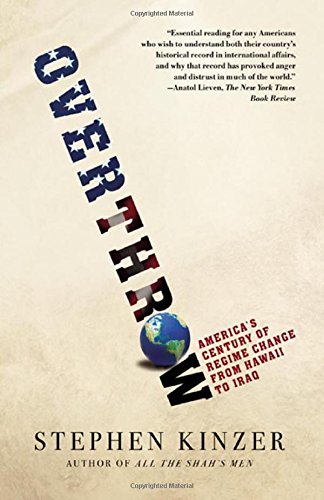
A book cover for Overthrow: America's Century of Regime Change from Hawaii to Iraq; Stephen Kinzer; History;